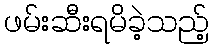
ဖမ်းဆီးရမိခဲ့သည့်